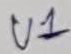
Text: U1